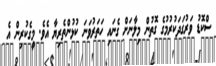
ސްކޮޑު ވަރުގަދަކުރުމުގެ ގޮތުން މިލާނަށް ގެނައި ހަތަރުވަނަ ކުޅުންތެރިޔާ އެވެ. މީގެކުރިން އެ